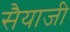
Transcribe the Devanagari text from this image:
सैयाजी